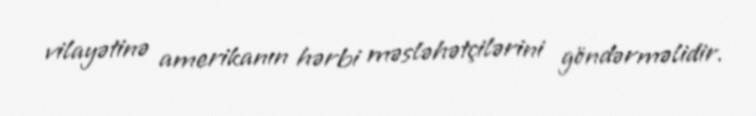
vilayətinə amerikanın hərbi məsləhətçilərini göndərməlidir.